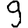
Digit: 9